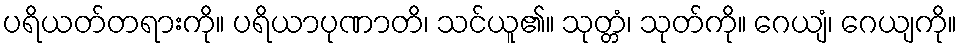
ပရိယတ်တရားကို။ ပရိယာပုဏာတိ၊ သင်ယူ၏။ သုတ္တံ၊ သုတ်ကို။ ဂေယျံ၊ ဂေယျကို။